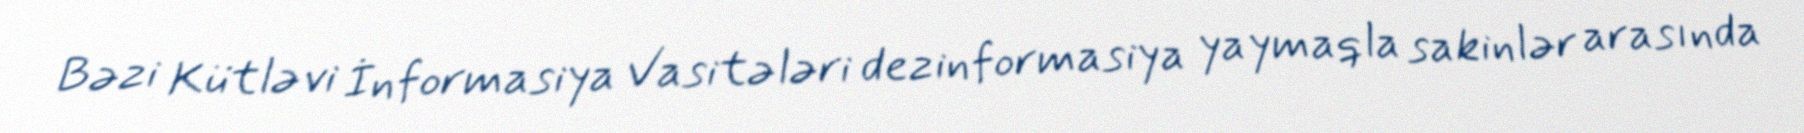
Bəzi Kütləvi İnformasiya Vasitələri dezinformasiya yaymaqla sakinlər arasında